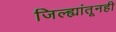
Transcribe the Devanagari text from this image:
जिल्ह्यांतूनही